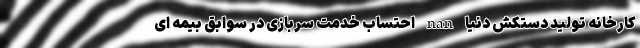
کارخانه تولید دستکش دنیا nan احتساب خدمت سربازی در سوابق بیمه ای